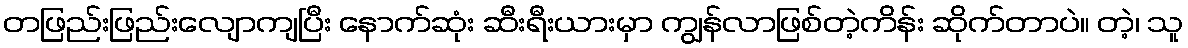
တဖြည်းဖြည်းလျောကျပြီး နောက်ဆုံး ဆီးရီးယားမှာ ကျွန်လာဖြစ်တဲ့ကိန်း ဆိုက်တာပဲ။ တဲ့၊ သူ